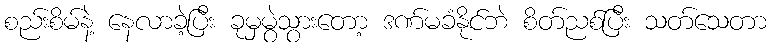
စည်းစိမ်နဲ့ နေလာခဲ့ပြီး ခုမှမွဲသွားတော့ ဒဏ်မခံနိုင်ဘဲ စိတ်ညစ်ပြီး သတ်သေတာ